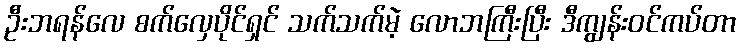
ဦးဘရန်လေ စက်လှေပိုင်ရှင် သက်သက်မဲ့ လောဘကြီးပြီး ဒီကျွန်းဝင်ကပ်တာ